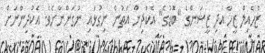
ޒުހެއިލް ޒީހާ އަދި ޒީޝަންގެ "ބޮޑުގެ" އެކުދިން އަތުން ނިގުޅައި ނުގަންނާށެވެ. އެކުދިންނަށް